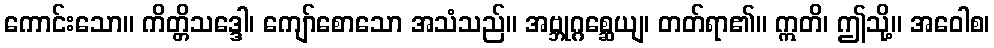
ကောင်းသော။ ကိတ္တိသဒ္ဒေါ၊ ကျော်စောသော အသံသည်။ အဗ္ဘုဂ္ဂစ္ဆေယျ၊ တတ်ရာ၏။ ဣတိ၊ ဤသို့။ အဝေါစ၊